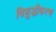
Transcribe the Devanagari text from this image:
विशुद्धीकरण